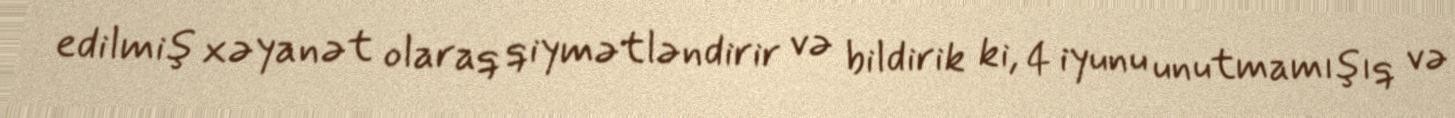
edilmiş xəyanət olaraq qiymətləndirir və bildirik ki, 4 iyunu unutmamışıq və